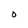
Character: O